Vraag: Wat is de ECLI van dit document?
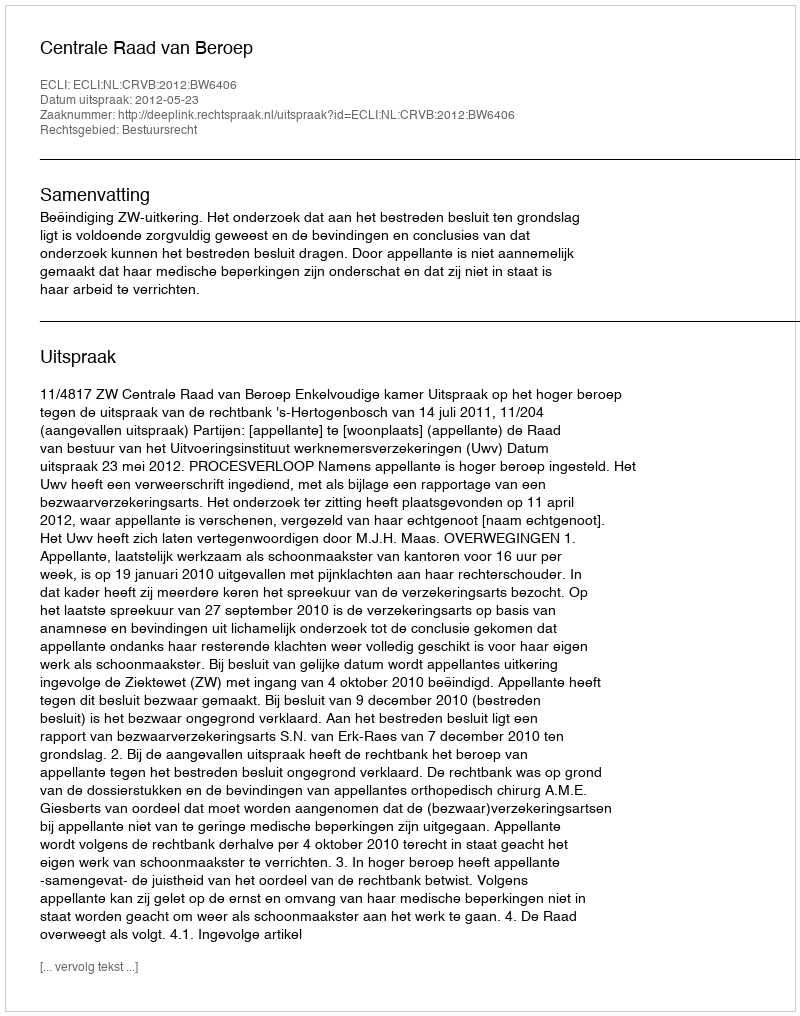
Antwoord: ECLI:NL:CRVB:2012:BW6406